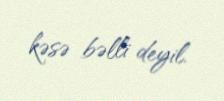
kəsə bəlli deyil.